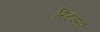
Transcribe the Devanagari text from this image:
स्टिन्सों